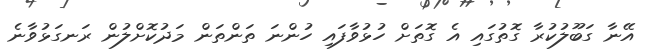
އޭނާ ގަބޫލުކުރާ ގޮތުގައި އެ ގޮތަށް ހުޅުވާފައި ހުންނަ ތަންތަން މަދުކޮށްލުން ރަނގަޅުވާނެ